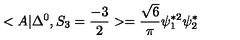
< A | \Delta ^ { 0 } , S _ { 3 } = \frac { - 3 } { 2 } > = \frac { \sqrt { 6 } } { \pi } \psi _ { 1 } ^ { * 2 } \psi _ { 2 } ^ { * }